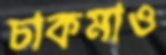
চাকমাও